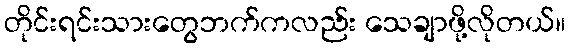
တိုင်းရင်းသားတွေဘက်ကလည်း သေချာဖို့လိုတယ်။